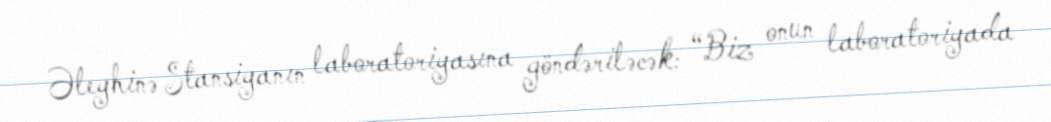
Əleyhinə Stansiyanın laboratoriyasına göndəriləcək: “Biz onun laboratoriyada